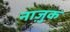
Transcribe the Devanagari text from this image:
नाजु़क